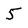
Character: 5